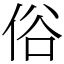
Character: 俗